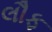
લૌફ